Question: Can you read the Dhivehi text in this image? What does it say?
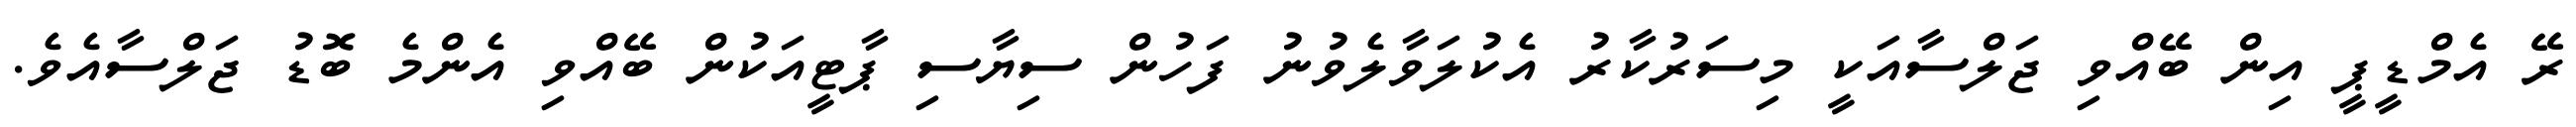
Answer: ރޭ އެމްޑީޕީ އިން ބޭއްވި ޖަލްސާއަކީ މިސަރުކާރު އެކުލަވާލެވުނު ފަހުން ސިޔާސި ޕާޓީއަކުން ބޭއްވި އެންމެ ބޮޑު ޖަލްސާއެވެ.